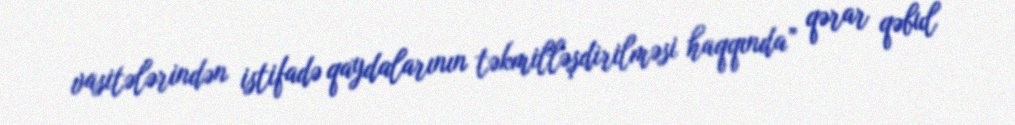
vasitələrindən istifadə qaydalarının təkmilləşdirilməsi haqqında” qərar qəbul